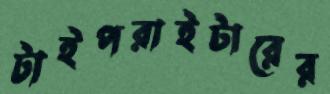
টাইপরাইটারের